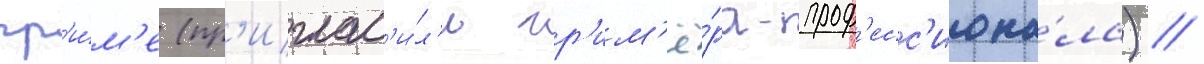
гр'и́м'е (пр'иглас'и́л'и гр'им'ё́ра-проф'есс'иона́ла) //